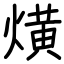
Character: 熿